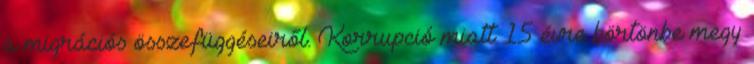
a migrációs összefüggéseiről. Korrupció miatt 15 évre börtönbe megy